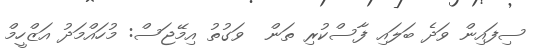
ސިފައިން ވަދެ ބަލައި ފާސްކުރި ތަން  ވަގުތު އިމޭޖަސް: މުހައްމަދު އަޒްހީމް